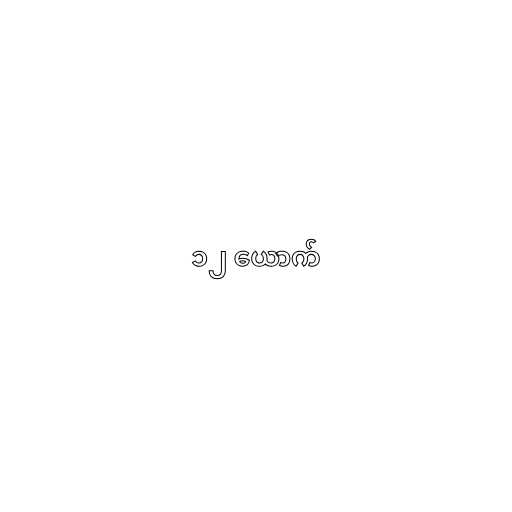
၁၂ ယောက်